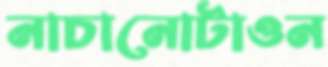
নাচানোটাওন